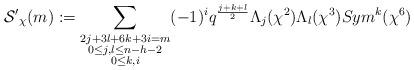
LaTeX: \begin{align*}\mathcal{S'}_{\chi}(m):=\sum_{\substack{2j+3l+6k+3i=m\\0\leq j,l \leq n-h-2 \\0\leq k,i}}(-1)^{i}q^{\frac{j+k+l}{2}}\Lambda_{j}(\chi^{2})\Lambda_{l}(\chi^{3})Sym^{k}(\chi^{6})\end{align*}